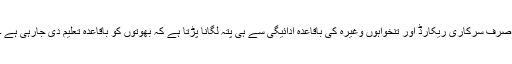
صرف سرکاری ریکارڈ اور تنخواہوں وغیرہ کی باقاعدہ ادائیگی سے ہی پتہ لگانا پڑتا ہے کہ بھوتوں کو باقاعدہ تعلیم دی جارہی ہے ۔